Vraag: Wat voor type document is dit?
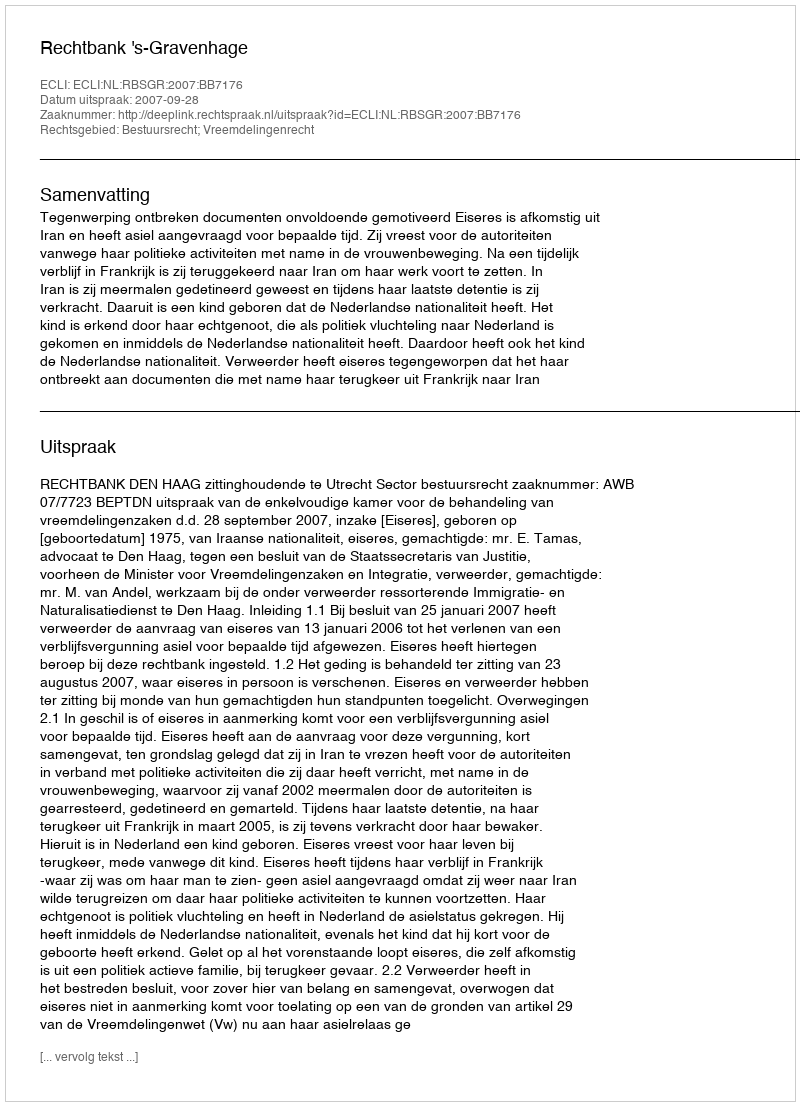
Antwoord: Uitspraak